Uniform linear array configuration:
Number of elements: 32
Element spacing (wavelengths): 1
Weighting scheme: binomial
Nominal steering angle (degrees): -15
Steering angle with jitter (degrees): -13.914
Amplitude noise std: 0.05
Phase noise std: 0.05

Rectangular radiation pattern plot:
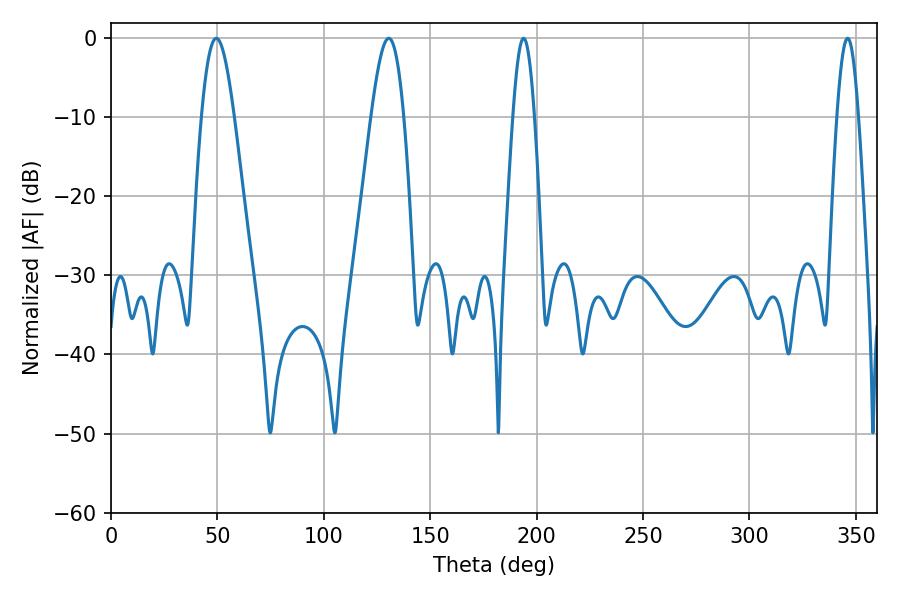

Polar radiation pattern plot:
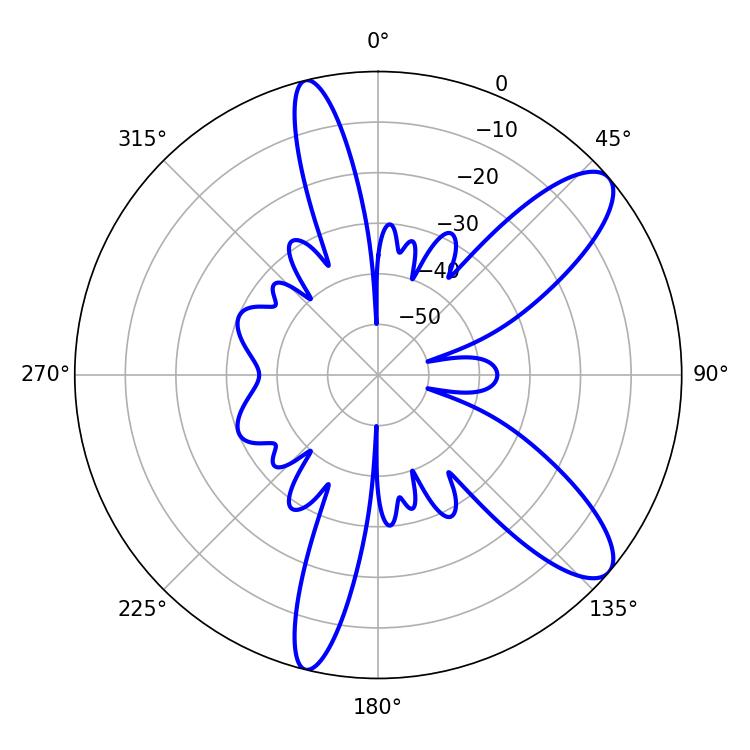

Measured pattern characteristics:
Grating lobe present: TRUE
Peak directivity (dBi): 10.216
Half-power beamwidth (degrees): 8.28
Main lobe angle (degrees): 49.5